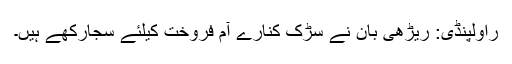
راولپنڈی: ریڑھی بان نے سڑک کنارے آم فروخت کیلئے سجارکھے ہیں۔